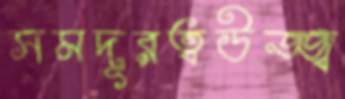
সমদূরত্বউজ্জ্ব